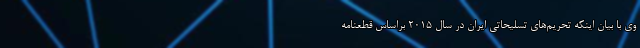
وی با بیان اینکه تحریم‌های تسلیحاتی ایران در سال ۲۰۱۵ براساس قطعنامه